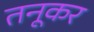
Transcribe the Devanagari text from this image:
तनूकर